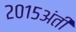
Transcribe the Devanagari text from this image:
२०१५अंती